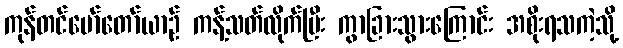
ကုန်တင်မော်တော်ယာဉ် ကန့်သတ်လိုက်ပြီး ကွာခြားသွားကြောင်း အစိုးရသကဲ့သို့